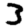
Digit: 3